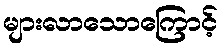
များလာသောကြောင့်